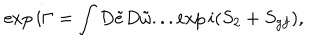
LaTeX: \exp i \Gamma = \int D \tilde { e } D \tilde { \omega } . . . \exp i ( S _ { 2 } + S _ { g f } ) ,